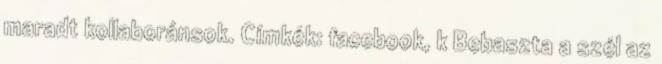
maradt kollaboránsok. Címkék: facebook, k Bebaszta a szél az